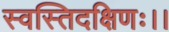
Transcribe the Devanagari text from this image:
स्वस्तिदक्षिणः।।